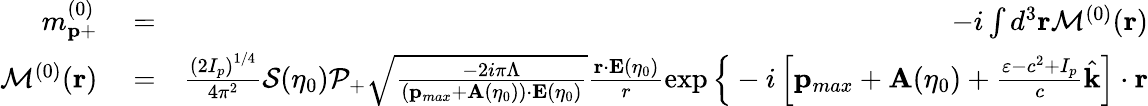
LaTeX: \begin{array}{rlr}{m_{\mathbf{p}+}^{(0)}}&{{}=}&{-i\int d^{3}\mathbf{r}{\cal M}^{(0)}(\mathbf{r})}\\ {{\cal M}^{(0)}(\mathbf{r})}&{{}=}&{\frac{\left(2I_{p}\right)^{1/4}}{4\pi^{2}}{\cal S}(\eta_{0}){\cal P}_{+}\sqrt{\frac{-2i\pi\Lambda}{\left(\mathbf{p}_{max}+\mathbf{A}(\eta_{0})\right)\cdot\mathbf{E}(\eta_{0})}}\frac{\mathbf{r}\cdot\mathbf{E}(\eta_{0})}{r}\exp\Big\{ -i\left[\mathbf{p}_{max}+\mathbf{A}(\eta_{0})+\frac{\varepsilon-c^{2}+I_{p}}{c}\hat{\mathbf{k}}\right]\cdot\mathbf{r}}\end{array}